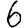
Digit: 6